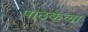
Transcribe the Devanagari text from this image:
पाठकला